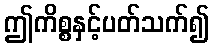
ဤကိစ္စနှင့်ပတ်သက်၍